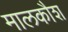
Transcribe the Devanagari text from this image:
मालकौश